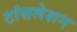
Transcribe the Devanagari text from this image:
टांंसलेशन